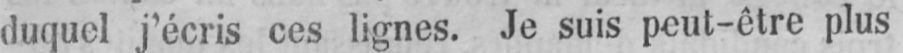
duquel j’écris ces lignes. Je suis peut-être plus